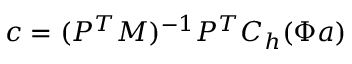
\boldsymbol { c } = ( P ^ { T } M ) ^ { - 1 } P ^ { T } C _ { h } ( \Phi \boldsymbol { a } )